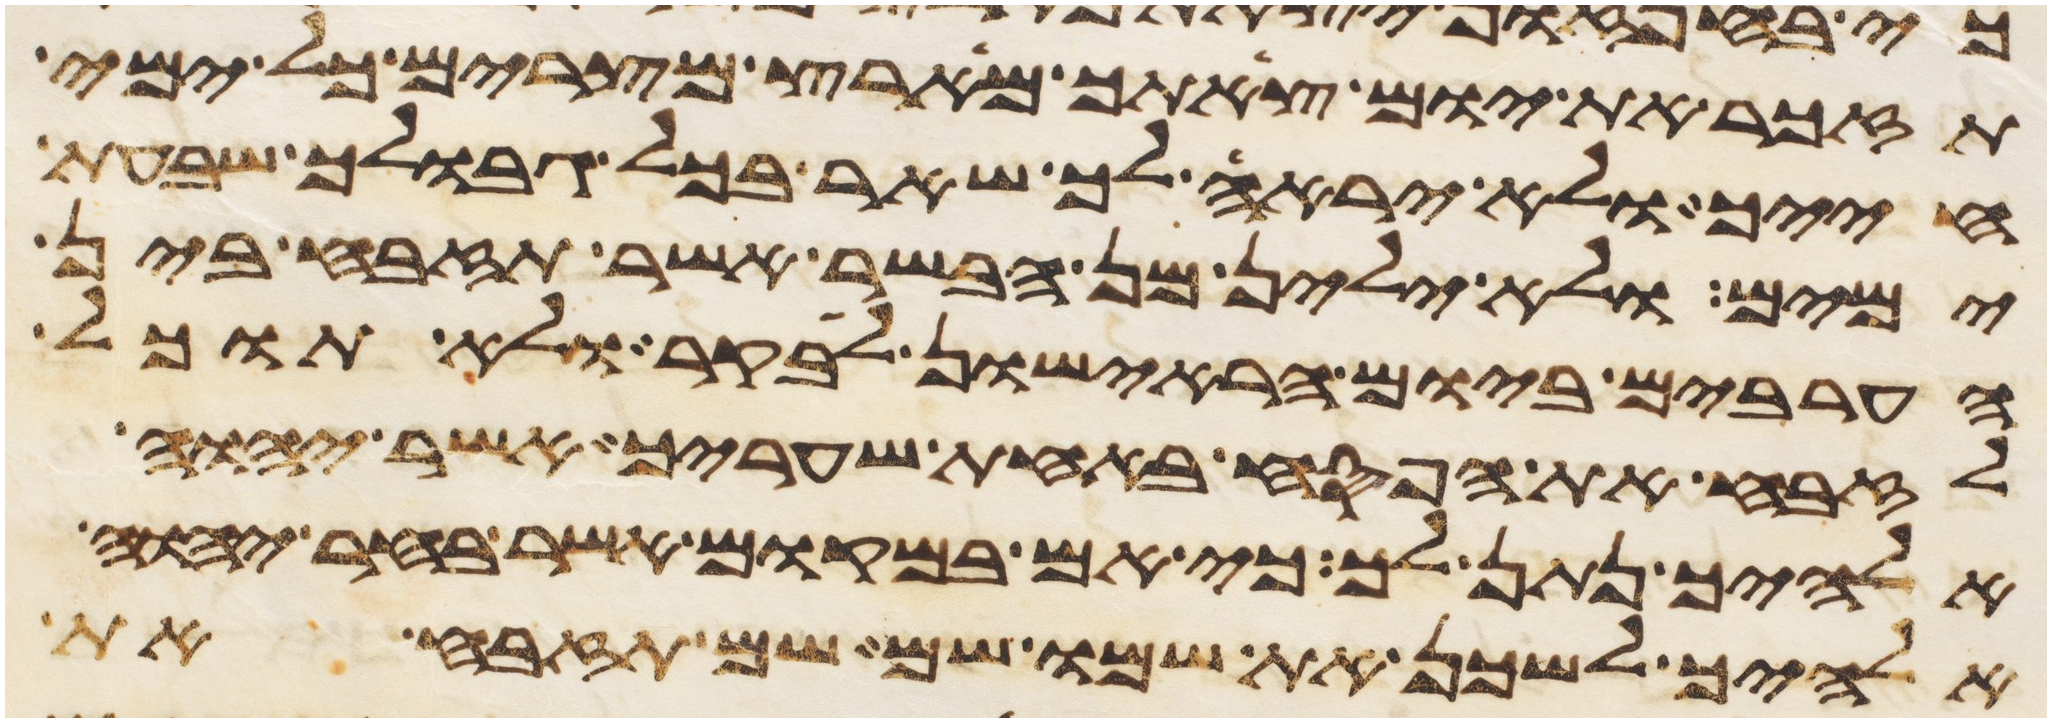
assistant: תזכר את יום צאתך מארץ מצרים כל ימי
חייך ולא יראה לך שאר בכל גבולך שבעת
ימים ולא ילין מן הבשר אשר תזבח בין
הערבים ביום הראישון לבקר ולא תוכל
לזבח את הפסח באחת שעריך אשר יהוה
אלהיך נתן לך כי אם במקום אשר בחר יהוה
אלהיך לשכן את שמו שם שם תזבח את